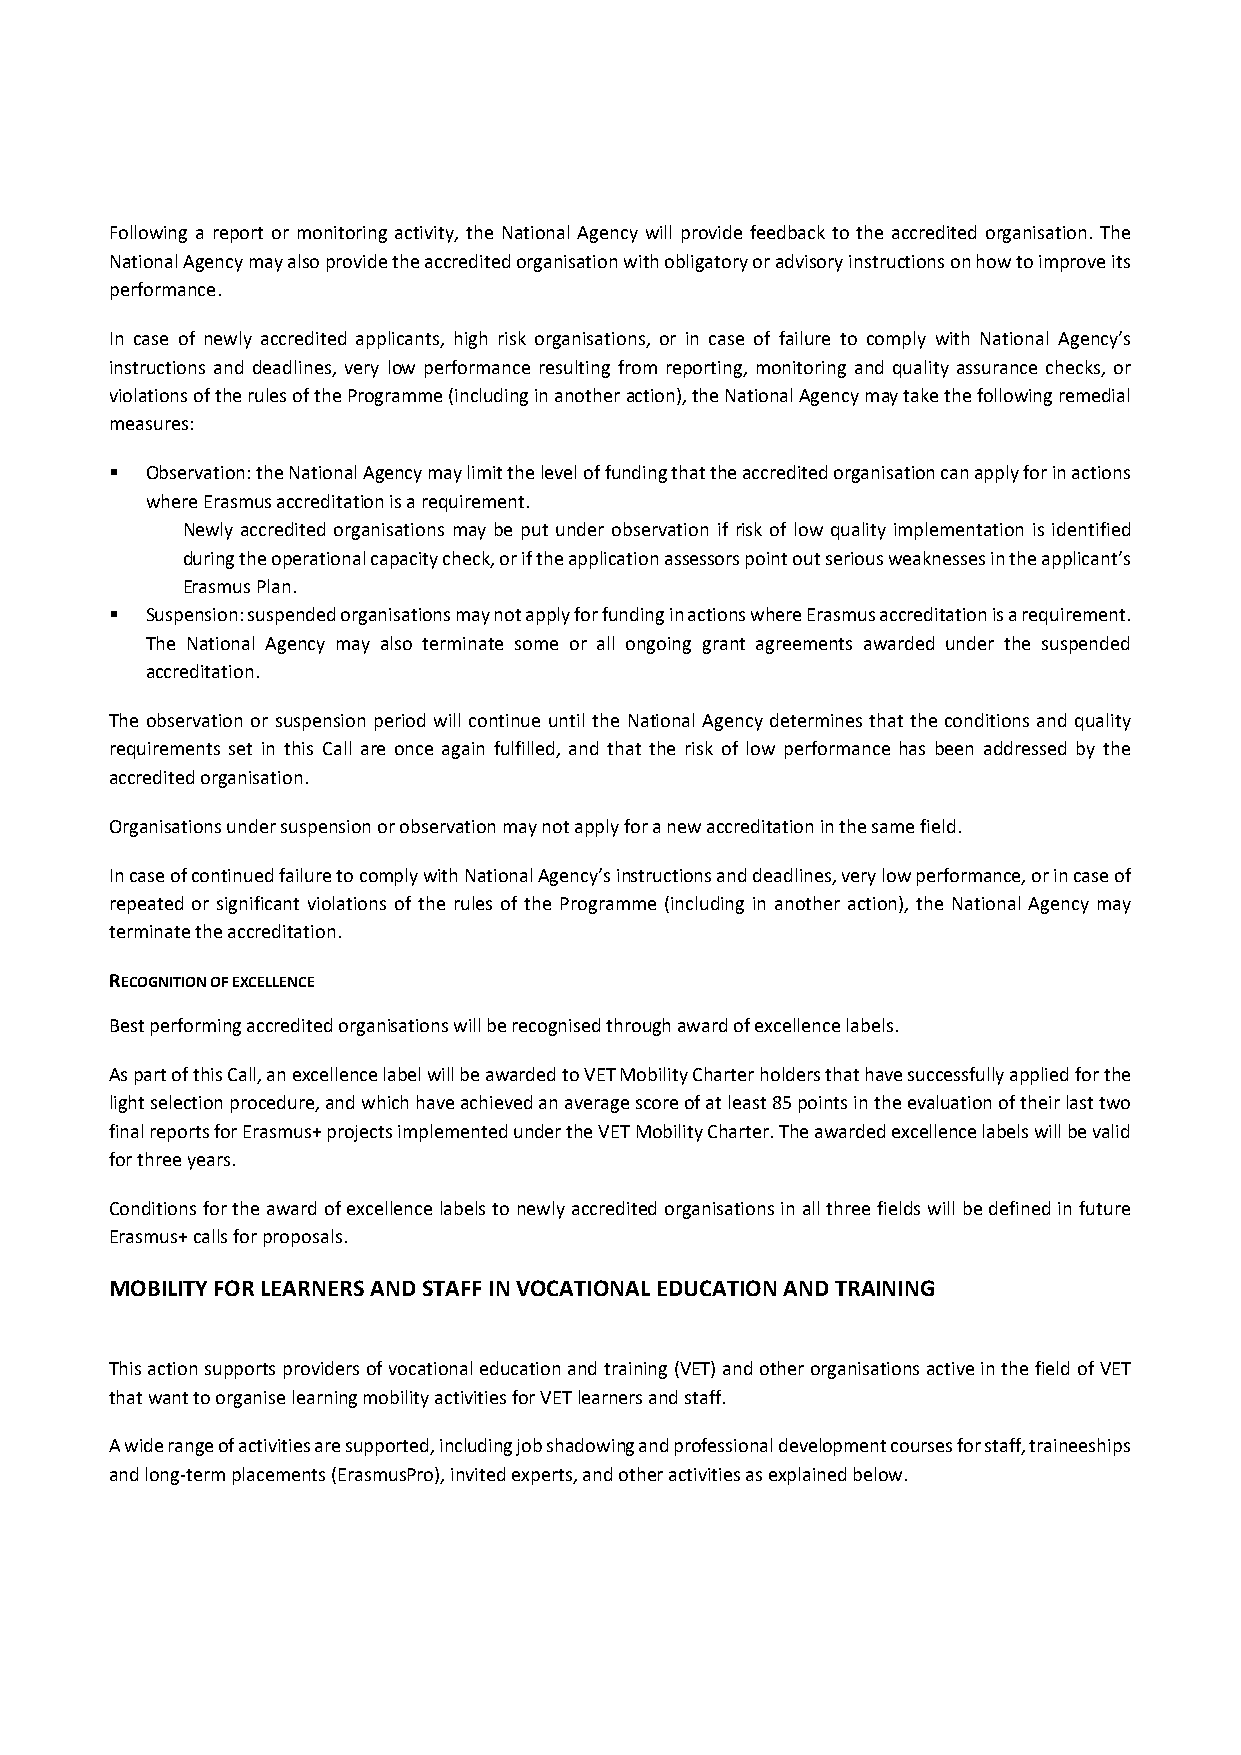
Following a report or monitoring activity, the National Agency will provide feedback to the accredited organisation. The
 National Agency may also provide the accredited organisation with obligatory or advisory instructions on how to improve its
 performance.
 In case of newly accredited applicants, high risk organisations, or in case of failure to comply with National Agency’s
 instructions and deadlines, very low performance resulting from reporting, monitoring and quality assurance checks, or
 violations of the rules of the Programme (including in another action), the National Agency may take the following remedial
 measures:
   Observation: the National Agency may limit the level of funding that the accredited organisation can apply for in actions
 where Erasmus accreditation is a requirement.
 Newly accredited organisations may be put under observation if risk of low quality implementation is identified
 during the operational capacity check, or if the application assessors point out serious weaknesses in the applicant’s
 Erasmus Plan.
   Suspension: suspended organisations may not apply for funding in actions where Erasmus accreditation is a requirement.
 The National Agency may also terminate some or all ongoing grant agreements awarded under the suspended
 accreditation.
 The observation or suspension period will continue until the National Agency determines that the conditions and quality
 requirements set in this Call are once again fulfilled, and that the risk of low performance has been addressed by the
 accredited organisation.
 Organisations under suspension or observation may not apply for a new accreditation in the same field.
 In case of continued failure to comply with National Agency’s instructions and deadlines, very low performance, or in case of
 repeated or significant violations of the rules of the Programme (including in another action), the National Agency may
 terminate the accreditation.
 RECOGNITION OF EXCELLENCE
 Best performing accredited organisations will be recognised through award of excellence labels.
 As part of this Call, an excellence label will be awarded to VET Mobility Charter holders that have successfully applied for the
 light selection procedure, and which have achieved an average score of at least 85 points in the evaluation of their last two
 final reports for Erasmus+ projects implemented under the VET Mobility Charter. The awarded excellence labels will be valid
 for three years.
 Conditions for the award of excellence labels to newly accredited organisations in all three fields will be defined in future
 Erasmus+ calls for proposals.
 MOBILITY FOR LEARNERS AND STAFF IN VOCATIONAL EDUCATION AND TRAINING
 This action supports providers of vocational education and training (VET) and other organisations active in the field of VET
 that want to organise learning mobility activities for VET learners and staff.
 A wide range of activities are supported, including job shadowing and professional development courses for staff, traineeships
 and long‐term placements (ErasmusPro), invited experts, and other activities as explained below.